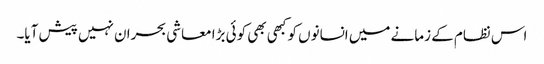
اس نظام کے زمانے میں انسانوں کو کبھی بھی کوئی بڑا معاشی بحران نہیں پیش آیا۔